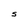
Character: S